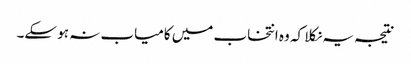
نتیجہ یہ نکلا کہ وہ انتخاب میں کامیاب نہ ہو سکے۔